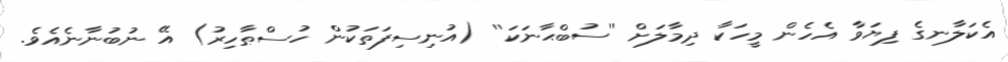
އެކަލާނގެ ފިޔަވާ އެހެން މީހަކާ ދިމާލަށް ''ސުބްޙާނަކަ'' (އުނިސިފަތަކުން ހުސްޠާހިރު) އޭ ނުބުނާނެއެވެ.